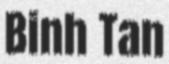
Binh Tan